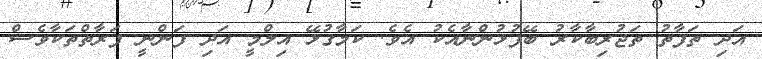
އަދި ތަފާތު ތަޖުރިބާކާރު ބޭފުޅުންނާއެކު އެވެ. ކަމާގުޅޭ އިލްމީ އަދި ފަންނީ ފަރާތްތަކާވެސް